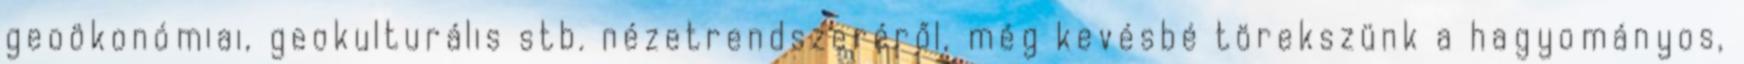
geoökonómiai, geokulturális stb. nézetrendszeréről, még kevésbé törekszünk a hagyományos,